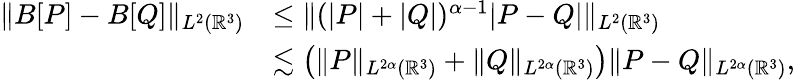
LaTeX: \begin{array}{rl}{\| B[P]-B[Q]\| _{L^{2}({\mathbb R}^{3})}}&{\leq\| (|P|+|Q|)^{\alpha-1}|P-Q|\| _{L^{2}({\mathbb R}^{3})}}\\ &{\lesssim\left(\| P\| _{L^{2\alpha}({\mathbb R}^{3})}+\| Q\| _{L^{2\alpha}({\mathbb R}^{3})}\right)\| P-Q\| _{L^{2\alpha}({\mathbb R}^{3})},}\end{array}